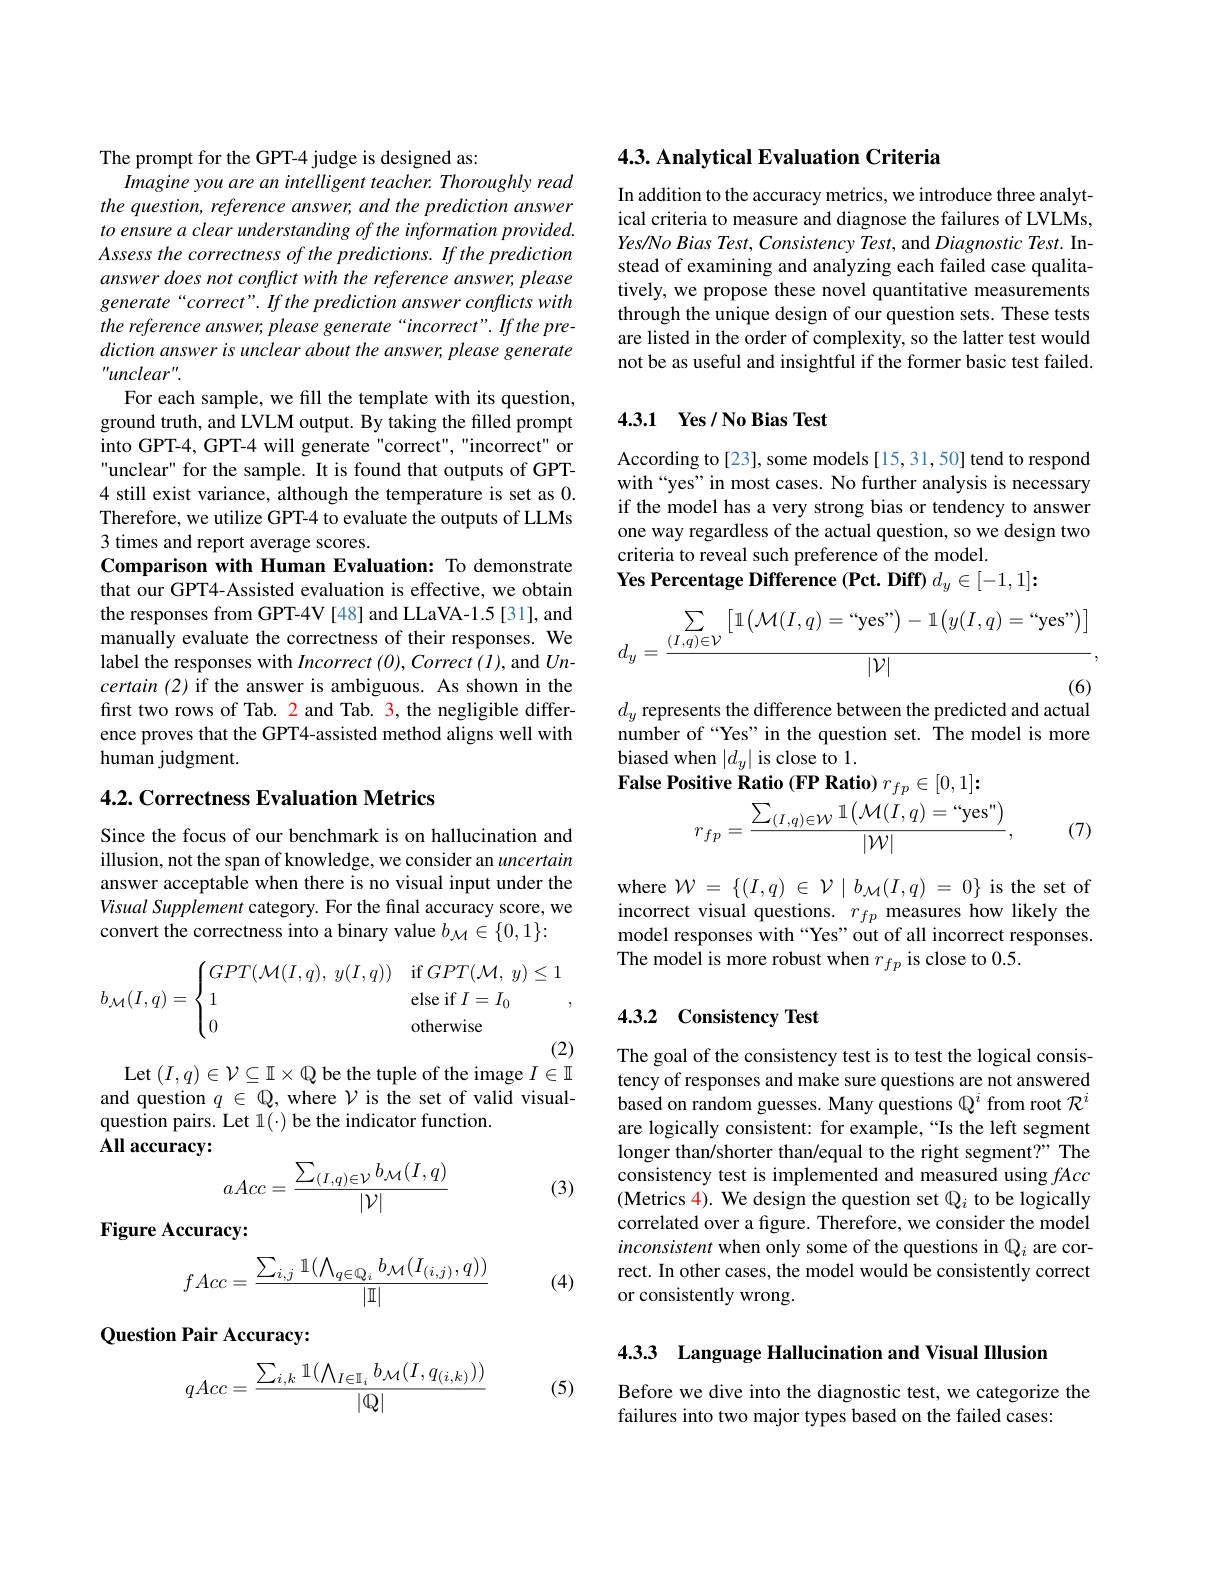
The prompt for the GPT-4 judge is designed as:
Imagine you are an intelligent teacher. Thoroughly read the question, reference answer, and the prediction answer to ensure a clear understanding of the information provided. Assess the correctness of the predictions. If the prediction answer does not conflict with the reference answer, please generate“correct”. If the prediction answer conflicts with the reference answer, please generate“incorrect”. If the prediction answer is unclear about the answer, please generate $“unclear^{\prime\prime}.$
For each sample, we fill the template with its question, ground truth, and LVLM output. By taking the filled prompt into GPT-4, GPT-4 will generate "correct", "incorrect" or unclear" for the sample. It is found that outputs of GPT- 4 still exist variance, although the temperature is set as 0. Therefore, we utilize GPT-4 to evaluate the outputs of LLMs 3 times and report average scores.
Comparison with Human Evaluation: To demonstrate that our GPT4-Assisted evaluation is effective, we obtain the responses from GPT-4V [48] and LLaVA-1.5 [31], and manually evaluate the correctness of their responses. We label the responses with Incorrect $(0),Correct$ $(l)$, and $Un-$ certain (2) if the answer is ambiguous. As shown in the first two rows of Tab. 2 and Tab. 3, the negligible difference proves that the GPT4-assisted method aligns well with human judgment.

### 4.2. Correctness Evaluation Metrics

Since the focus of our benchmark is on hallucination and illusion, not the span of knowledge, we consider an uncertain answer acceptable when there is no visual input under the Visual Supplement category. For the final accuracy score, we convert the correctness into a binary value $b_\mathcal{M}\in\{0,1\}:$
$$b_{\mathcal M}(I,q)=\begin{cases}GPT(\mathcal M(I,q),\:y(I,q))&\text{if}GPT(\mathcal M,\:y)\leq1\\1&\text{else if}I=I_0\\0&\text{otherwise}\end{cases},$$
Let $(I,q)\in\mathcal{V}\subseteq\mathbb{I}\times\mathbb{Q}$ be the tuple of the image $I\in\mathbb{I}$

and question $q\in\mathbb{Q}$, where $\mathcal{V}$ is the set of valid visual-
question pairs. Let l(·) be the indicator function.
All accuracy:
$$aAcc=\frac{\sum_{(I,q)\in\mathcal{V}}b_{\mathcal{M}}(I,q)}{|\mathcal{V}|}$$
(3)

Figure Accuracy:
$$fAcc=\frac{\sum_{i,j}\mathbb{1}(\bigwedge_{q\in\mathbb{Q}_i}b_{\mathcal{M}}(I_{(i,j)},q))}{|\mathbb{I}|}$$
(4)

Question Pair Accuracy:
$$qAcc=\frac{\sum_{i,k}\mathbb{1}(\bigwedge_{I\in\mathbb{I}_i}b_{\mathcal{M}}(I,q_{(i,k)}))}{|\mathbb{Q}|}$$
(5)

## 4.3. Analytical Evaluation Criteria

In addition to the accuracy metrics, we introduce three analytical criteria to measure and diagnose the failures of LVLMs, Yes/No Bias Test, Consistency Test, and Diagnostic Test. Instead of examining and analyzing each failed case qualitatively, we propose these novel quantitative measurements through the unique design of our question sets. These tests are listed in the order of complexity, so the latter test would not be as useful and insightful if the former basic test failed.

### 4.3.1 Yes/ No Bias Test

According to[23], some models [15,31,50] tend to respond with“yes” in most cases. No further analysis is necessary if the model has a very strong bias or tendency to answer one way regardless of the actual question, so we design two criteria to reveal such preference of the model.
Yes Percentage Difference (Pct. Diff) $d_y\in[-1,1];$
$$d_y=\frac{\sum\limits_{(I,q)\in\mathcal{V}}\left[\mathbb{1}\left(\mathcal{M}(I,q)=“\text{yes"}\right)-\mathbb{1}\left(y(I,q)=“\text{yes"}\right)\right]}{|\mathcal{V}|},$$
$d_y$ represents the difference between the predicted and actual

number of “Yes”in the question set. The model is more
biased when $|d_y|$ is close to 1.
False
$$r_{fp}=\frac{\sum_{(I,q)\in\mathcal{W}}\mathbb{1}\left(\mathcal{M}(I,q)=\mathrm{“yes''}\right)}{|\mathcal{W}|},$$
(7)

where $\mathcal{W} = \{ ( I, q)$ $\in$ $\mathcal{V} \mid b_{\mathcal{M} }( I, q)$ = $0\}$ is the set of incorrect visual questions. $r_fp$ measures how likely the model responses with“Yes” out of all incorrect responses. The model is more robust when $r_fp$ is close to 0.5.

## 4.3.2 Consistency Test

The goal of the consistency test is to test the logical consistency of responses and make sure questions are not answered based on random guesses. Many questions $\mathbb{Q}^i$ from root $\mathcal{R}^i$ are logically consistent: for example,“Is the left segment longer than/shorter than/equal to the right segment?" The consistency test is implemented and measured using fAcc (Metrics 4). We design the question set $\mathbb{Q}_i$ to be logically correlated over a figure. Therefore, we consider the model inconsistent when only some of the questions in Qi are correct. In other cases, the model would be consistently correct or consistently wrong.

4.3.3 Language Hallucination and Visual IIlusion

Before we dive into the diagnostic test, we categorize the
failures into two major types based on the failed cases: